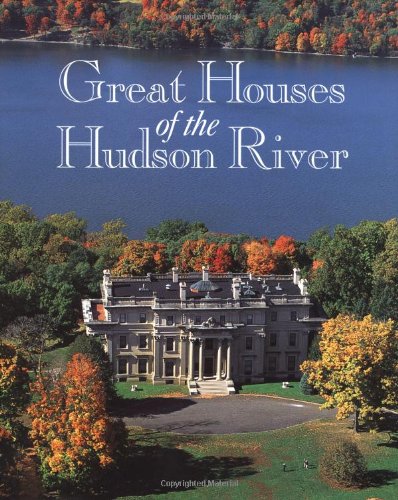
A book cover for Great Houses of the Hudson River; Arts & Photography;